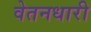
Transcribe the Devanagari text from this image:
वेतनधारी